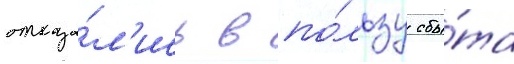
отказа́л'ись в по́льзу сбы́та